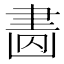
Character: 𦘚